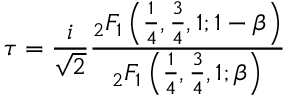
\tau = { \frac { i } { \sqrt { 2 } } } { \frac { { } _ { 2 } F _ { 1 } \left( { \frac { 1 } { 4 } } , { \frac { 3 } { 4 } } , 1 ; 1 - \beta \right) } { { } _ { 2 } F _ { 1 } \left( { \frac { 1 } { 4 } } , { \frac { 3 } { 4 } } , 1 ; \beta \right) } }